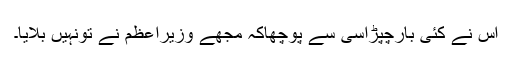
اس نے کئی بارچپڑاسی سے پوچھاکہ مجھے وزیراعظم نے تونہیں بلایا۔